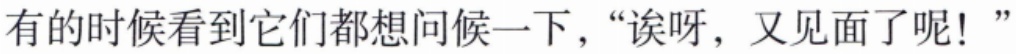
有时候看到它们都想问候一下，“诶呀，又见面了呢！”